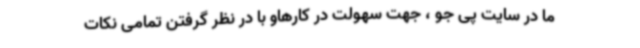
ما در سایت پی جو ، جهت سهولت در کارهاو با در نظر گرفتن تمامی نکات